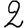
Digit: 2